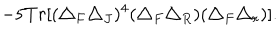
- 5 T r [ ( \triangle _ { F } \triangle _ { J } ) ^ { 4 } ( \triangle _ { F } \triangle _ { R } ) ( \triangle _ { F } \triangle _ { r } ) ] .